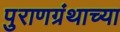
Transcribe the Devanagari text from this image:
पुराणग्रंथाच्या